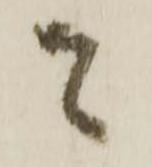
者